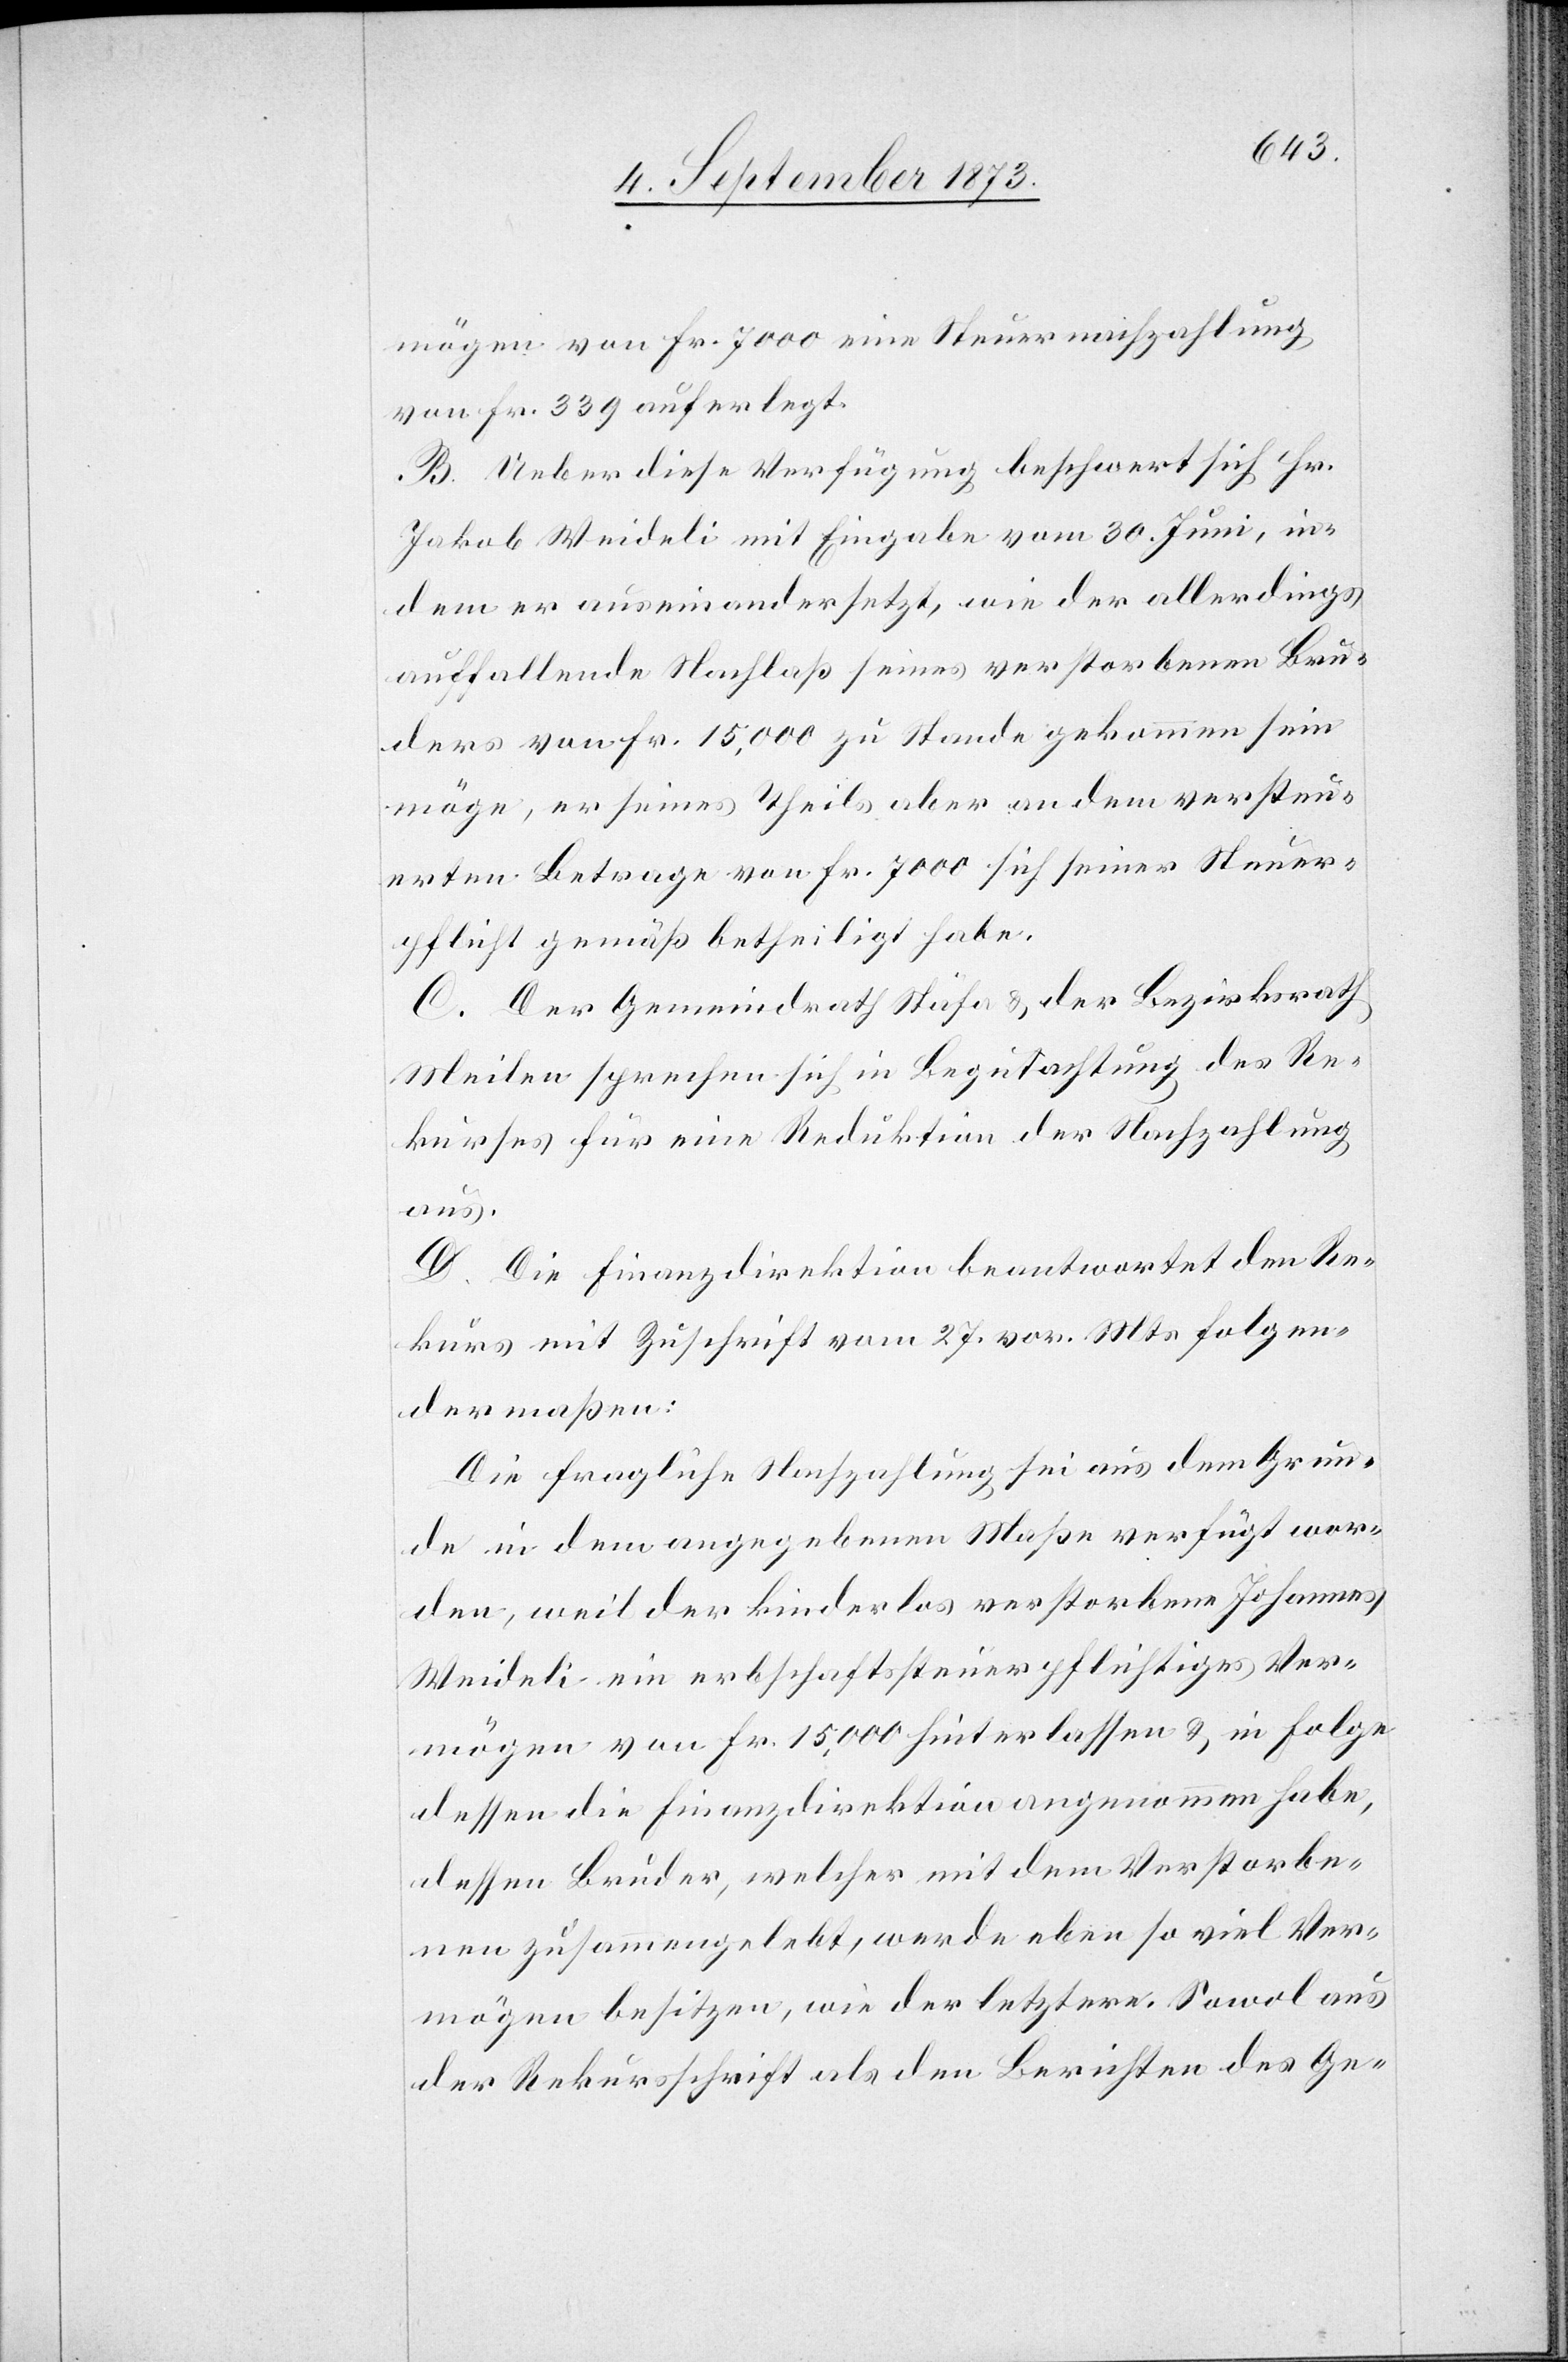
mögen von Fr. 7 000 eine Steuernachzahlung
von Fr. 339 auferlegt.
B. Ueber diese Verfügung beschwert sich Hr.
Jakob Weideli mit Eingabe vom 30. Juni, in¬
dem er auseinandersetzt, wie der allerdings
auffallende Nachlaß seines verstorbenen Bru¬
ders von Fr. 15,000 zu Stande gekommen sein
möge, er seines Theils aber an dem versteu¬
erten Betrage von Fr. 7 000 sich seiner Steuer¬
pflicht gemäß betheiligt habe.
C. Der Gemeindrath Stäfa & der Bezirksrath
Meilen sprechen sich in Begutachtung des Re¬
kurses für eine Reduktion der Nachzahlung
aus.
D. Die Finanzdirektion beantwortet den Re¬
kurs mit Zuschrift vom 27. vor. Mts. folgen¬
dermaßen:
Die fragliche Nachzahlung sei aus dem Grun¬
de in dem angegebenen Maße verfügt wor¬
den, weil der kinderlos verstorbene Johannes
Weideli ein erbschaftssteuerpflichtiges Ver¬
mögen von Fr. 15,000 hinterlassen & in Folge
dessen die Finanzdirektion angenommen habe,
dessen Bruder, welcher mit dem Verstorbe¬
nen zusammengelebt, werde eben so viel Ver¬
mögen besitzen, wie der letztere. Sowol aus
der Rekursschrift als den Berichten des Ge-